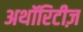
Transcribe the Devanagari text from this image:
अथॉरिटीज़